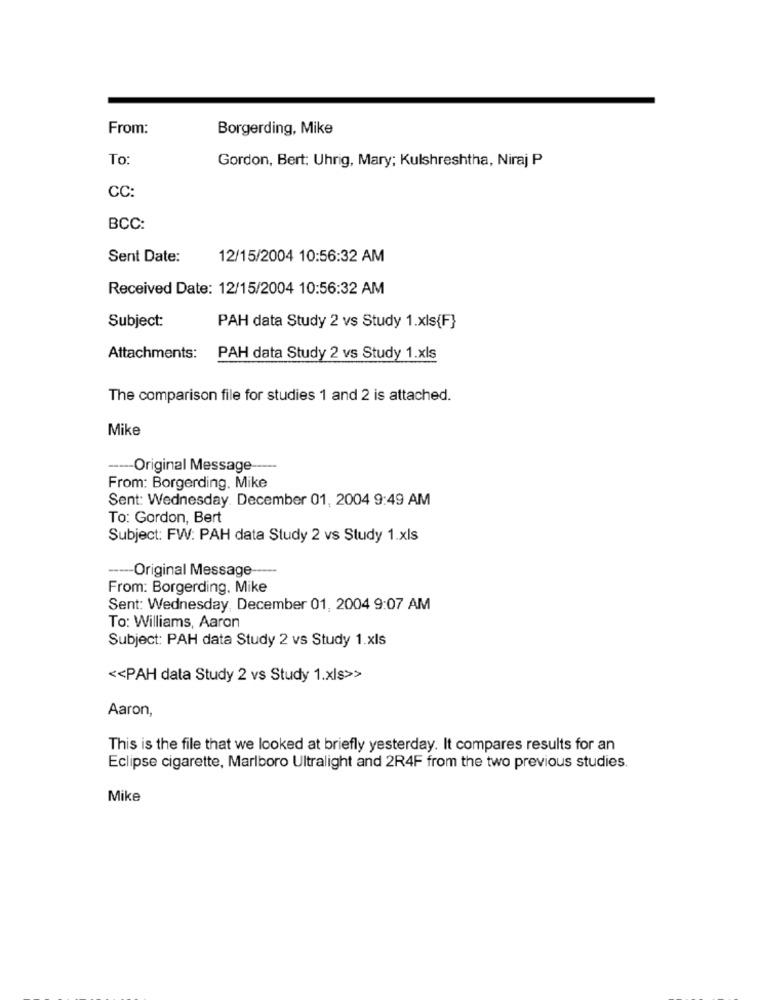
From:
Borgerding, Mike
To
Gordon, Bert: Uhrig, Mary; Kulshreshtha, Niraj P
CC:
BCC:
Sent Date:
12/15/2004 10:56:32 AM
Received Date: 12/15/2004 10:56:32 AM
Subject:
PAH data Study 2 vs Study 1.xls{F}
Attachments: PAH data Study 2 vs Study 1.xls
The comparison file for studies 1 and 2 is attached.
Mike
---- Original Message
From: Borgerding. Mike
Sent: Wednesday. December 01, 2004 9:49 AM
To: Gordon, Bert
Subject: FW: PAH data Study 2 vs Study 1.xls
---- Original Message
From: Borgerding. Mike
Sent: Wednesday, December 01, 2004 9:07 AM
To: Williams, Aaron
Subject: PAH data Study 2 vs Study 1.xls
<< PAH data Study 2 vs Study 1.xls>>
Aaron,
This is the file that we looked at briefly yesterday. It compares results for an
Eclipse cigarette, Marlboro Ultralight and 2R4F from the two previous studies.
Mike